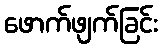
ဖောက်ဖျက်ခြင်း